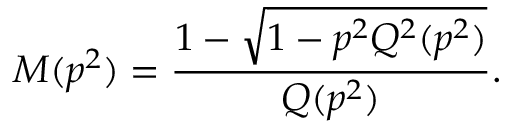
M ( p ^ { 2 } ) = \frac { 1 - \sqrt { 1 - p ^ { 2 } Q ^ { 2 } ( p ^ { 2 } ) } } { Q ( p ^ { 2 } ) } .